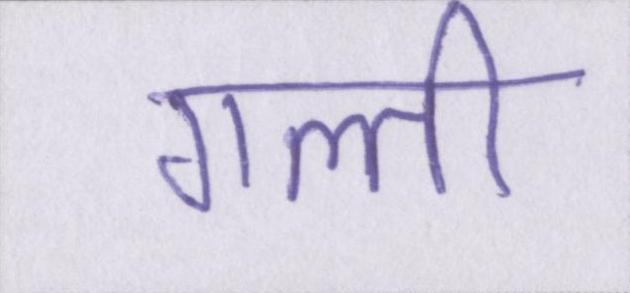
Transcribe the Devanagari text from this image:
गल्ती